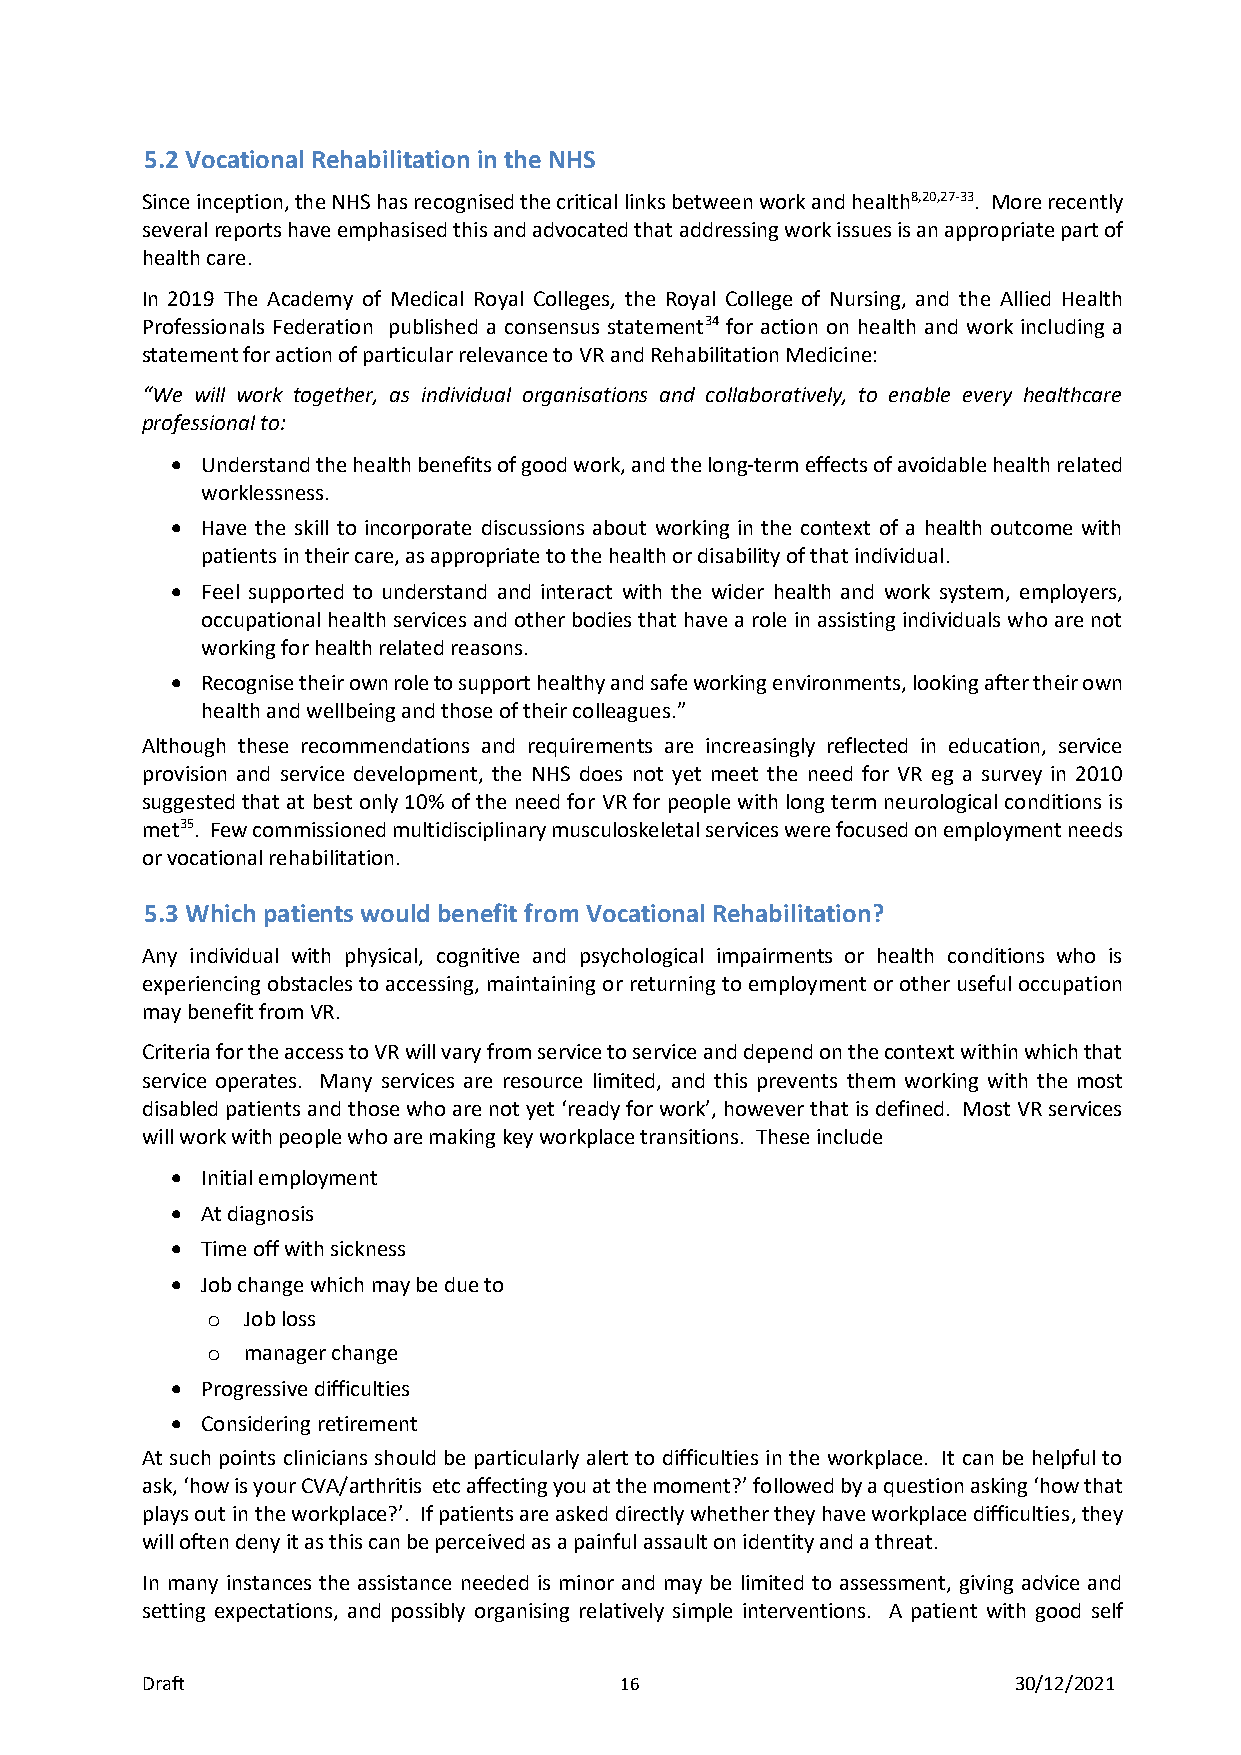
5.2 Vocational Rehabilitation in the NHS
 Since inception, the NHS has recognised the critical links between work and health8,20,27-33. More recently
 several reports have emphasised this and advocated that addressing work issues is an appropriate part of
 health care.
 In 2019 The Academy of Medical Royal Colleges, the Royal College of Nursing, and the Allied Health
 Professionals Federation published a consensus statement34 for action on health and work including a
 statement for action of particular relevance to VR and Rehabilitation Medicine:
 “We will work together, as individual organisations and collaboratively, to enable every healthcare
 professional to:
 • Understand the health benefits of good work, and the long-term effects of avoidable health related
 worklessness.
 • Have the skill to incorporate discussions about working in the context of a health outcome with
 patients in their care, as appropriate to the health or disability of that individual.
 • Feel supported to understand and interact with the wider health and work system, employers,
 occupational health services and other bodies that have a role in assisting individuals who are not
 working for health related reasons.
 • Recognise their own role to support healthy and safe working environments, looking after their own
 health and wellbeing and those of their colleagues.”
 Although these recommendations and requirements are increasingly reflected in education, service
 provision and service development, the NHS does not yet meet the need for VR eg a survey in 2010
 suggested that at best only 10% of the need for VR for people with long term neurological conditions is
 met35. Few commissioned multidisciplinary musculoskeletal services were focused on employment needs
 or vocational rehabilitation.
 5.3 Which patients would benefit from Vocational Rehabilitation?
 Any individual with physical, cognitive and psychological impairments or health conditions who is
 experiencing obstacles to accessing, maintaining or returning to employment or other useful occupation
 may benefit from VR.
 Criteria for the access to VR will vary from service to service and depend on the context within which that
 service operates. Many services are resource limited, and this prevents them working with the most
 disabled patients and those who are not yet ‘ready for work’, however that is defined. Most VR services
 will work with people who are making key workplace transitions. These include
 • Initial employment
 • At diagnosis
 • Time off with sickness
 • Job change which may be due to
 o Job loss
 o manager change
 • Progressive difficulties
 • Considering retirement
 At such points clinicians should be particularly alert to difficulties in the workplace. It can be helpful to
 ask, ‘how is your CVA/arthritis etc affecting you at the moment?’ followed by a question asking ‘how that
 plays out in the workplace?’. If patients are asked directly whether they have workplace difficulties, they
 will often deny it as this can be perceived as a painful assault on identity and a threat.
 In many instances the assistance needed is minor and may be limited to assessment, giving advice and
 setting expectations, and possibly organising relatively simple interventions. A patient with good self
 Draft                           16                        30/12/2021